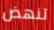
تنهض